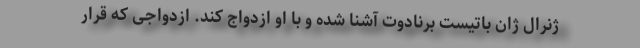
ژنرال ژان باتیست برنادوت آشنا شده و با او ازدواج کند. ازدواجی که قرار